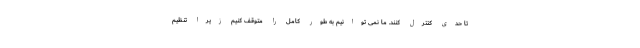
تا حدی کنترل کنند. ما نمی توانیم به طور کامل را متوقف کنیم زیرا تنظیم